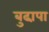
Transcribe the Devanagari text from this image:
बुढा़पा